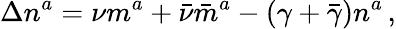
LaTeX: \Delta n^{a}=\nu m^{a}+{\bar{\nu}}{\bar{m}}^{a}-(\gamma+{\bar{\gamma}})n^{a}\, ,